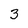
Character: 3